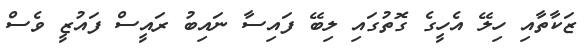
ޒަކާތާއި ހިލޭ އެހީގެ ގޮތުގައި ލިބޭ ފައިސާ ނައިބު ރައީސް ފައުޒީ ވެސް